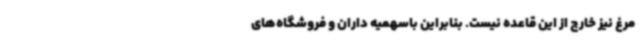
مرغ نیز خارج از این قاعده نیست. بنابراین باسهمیه داران و فروشگاه‌های